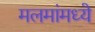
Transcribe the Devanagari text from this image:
मलमांमध्ये